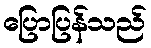
ပြောပြန်သည်